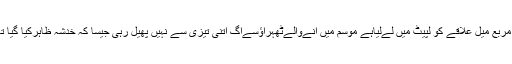
اطلاعات کے مطابق آگ نےتقریباً چھ سو اکیس مربع میل علاقے کو لپیٹ میں لےلیاہے موسم میں آنےوالےٹھہراؤسےآگ اتنی تیزی سے نہیں پھیل رہی جیسا کہ خدشہ ظاہرکیا گیا تھا کہ آگ سات سومربع میل تک پھیل جائے گی۔